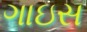
ગાઇસ